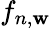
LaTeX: f_{n,\mathbf{w}}